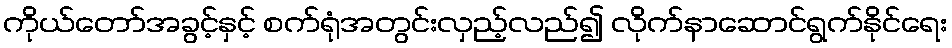
ကိုယ်တော်အခွင့်နှင့် စက်ရုံအတွင်းလှည့်လည်၍ လိုက်နာဆောင်ရွက်နိုင်ရေး